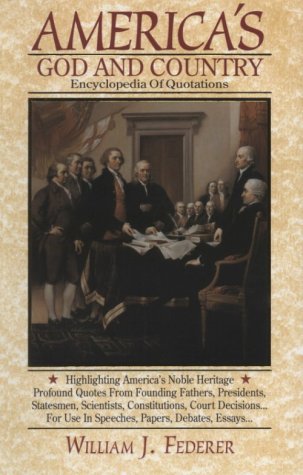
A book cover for America's God and Country: Encyclopedia of Quotations; William J. Federer; Reference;